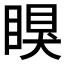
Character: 瞁